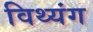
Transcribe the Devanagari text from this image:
विथ्यंग